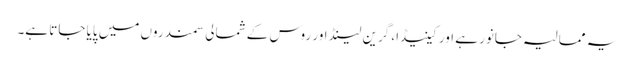
یہ ممالیہ جانور ہے اور کینیڈا، گرین لینڈ اور روس کے شمالی سمندروں میں پایا جاتا ہے۔